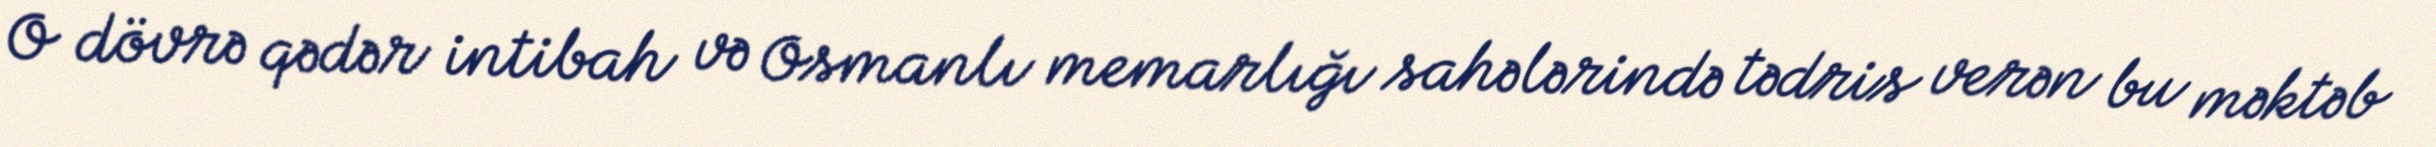
O dövrə qədər intibah və Osmanlı memarlığı sahələrində tədris verən bu məktəb